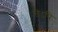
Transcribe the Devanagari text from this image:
तेऽपि